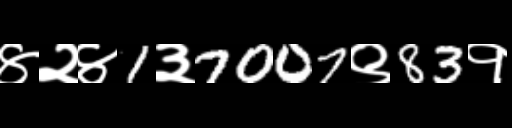
Text: ४२४1३7007९83१